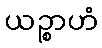
ယဉ္စာဟံ